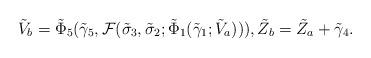
LaTeX: \begin{align*}&\tilde{V}_b=\tilde{\Phi}_5(\tilde{\gamma}_5,\mathcal{F}(\tilde{\sigma}_3,\tilde{\sigma}_2;\tilde{\Phi}_1(\tilde{\gamma}_1;\tilde{V}_a))),\tilde{Z}_b=\tilde{Z}_a+\tilde{\gamma}_4.\end{align*}